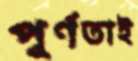
পূর্ণতাই